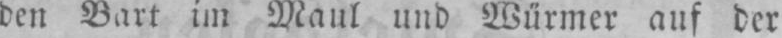
den Bart im Maul und Würmer auf der